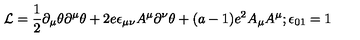
{ \cal L } = \frac 1 2 \partial _ { \mu } \theta \partial ^ { \mu } \theta + 2 e \epsilon _ { \mu \nu } A ^ { \mu } \partial ^ { \nu } \theta + ( a - 1 ) e ^ { 2 } A _ { \mu } A ^ { \mu } ; \epsilon _ { 0 1 } = 1